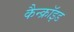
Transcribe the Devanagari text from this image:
कैन्क्रॉइड